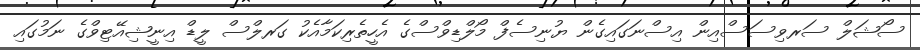
ސޯޝަލް ސަރވިސަސްއިން އިސްނަގައިގެން ޔުނިސެފް މޯލްޑިވްސްގެ އެހީތެރިކަމާއެކު ގަރލްސް ލީޑް އިނީޝިއޭޓިވްގެ ނަމުގައި